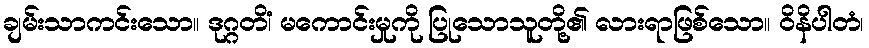
ချမ်းသာကင်းသော။ ဒုဂ္ဂတိံ၊ မကောင်းမှုကို ပြုသောသူတို့၏ လားရာဖြစ်သော။ ဝိနိပါတံ၊